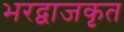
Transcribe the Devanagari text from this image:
भरद्वाजकृत